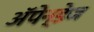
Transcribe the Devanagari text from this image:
अॅपेन्डेज